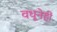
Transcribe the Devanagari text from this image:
वधूनेही